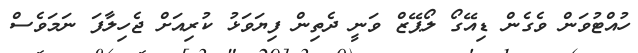
ހުއްޓުވަން ވެގެން ޑިއޭގޯ ލޯޕޭޒް ވަނީ ދެތިން ފިޔަވަޅު ކުރިއަށް ޖެހިލާފަ ނަމަވެސް